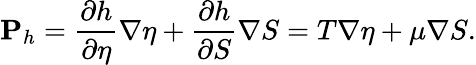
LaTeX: {\mathbf P}_{h}=\frac{\partial h}{\partial\eta}\nabla\eta+\frac{\partial h}{\partial S}\nabla S=T\nabla\eta+\mu\nabla S.